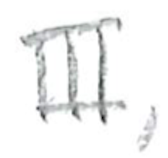
Text: III,
Cross-out: clean
Writing tool: pencil